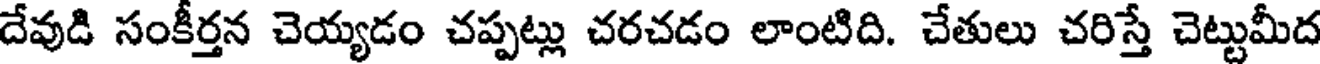
దేవుడి సంకీర్తన చెయ్యడం చప్పట్లు చరచడం లాంటిది. చేతులు చరిస్తే చెట్టుమీద